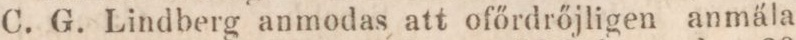
G. Lindberg anmodas att ofőrdrőjligen anmäla